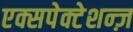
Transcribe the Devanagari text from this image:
एक्सपेक्टेशन्ज़